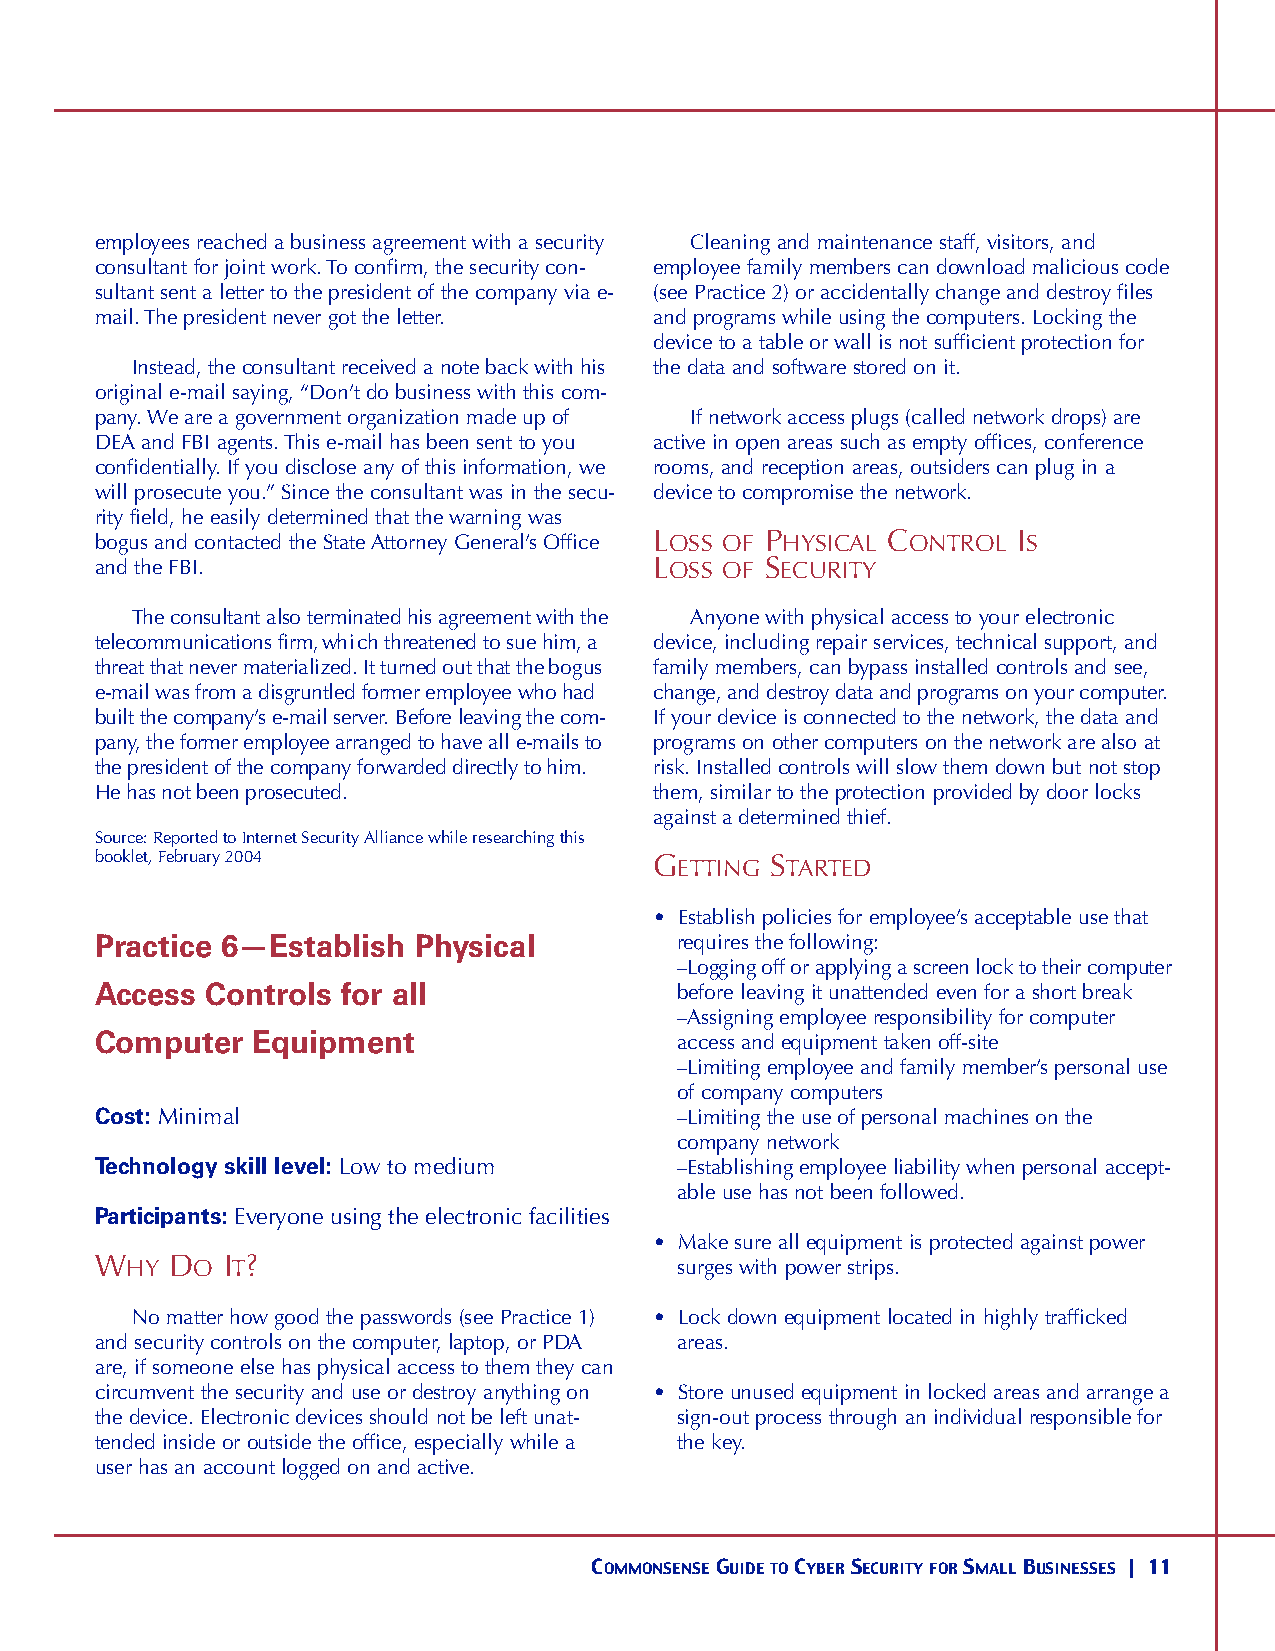
employees reached a business agreement with a security Cleaning and maintenance staff, visitors, and
 consultant for joint work. To confirm, the security con- employee family members can download malicious code
 sultant sent a letter to the president of the company via e- (see Practice 2) or accidentally change and destroy files
 mail. The president never got the letter. and programs while using the computers. Locking the
 device to a table or wall is not sufficient protection for
 Instead, the consultant received a note back with his the data and software stored on it.
 original e-mail saying, “Don’t do business with this com-
 pany.We are a government organization made up of If network access plugs (called network drops) are
 DEA and FBI agents. This e-mail has been sent to you active in open areas such as empty offices, conference
 confidentially. If you disclose any of this information, we rooms, and reception areas, outsiders can plug in a
 will prosecute you.” Since the consultant was in the secu- device to compromise the network.
 rity field, he easily determined that the warning was
 bogus and contacted the State Attorney General’s Office LO S S O F PH Y S I CA L CO N T R O L IS
 and the FBI.                         LO S S O F SE C U R I T Y
 The consultant also terminated his agreement with the Anyone with physical access to your electronic
 telecommunications firm, wh i ch threatened to sue him, a device, including repair services, technical support, and
 threat that never materialized. It turned out that the bogus family members, can bypass installed controls and see,
 e-mail was from a disgruntled former employee who had change, and destroy data and programs on your computer.
 built the company ’s e-mail serve r. Before leaving the com- If your device is connected to the network, the data and
 p a ny, the former employee arranged to have all e-mails to programs on other computers on the network are also at
 the president of the company forwarded directly to him. risk. Installed controls will slow them down but not stop
 He has not been prosecuted.          them, similar to the protection provided by door locks
 against a determined thief.
 Source: Reported to Internet Security Alliance while researching this
 booklet, February 2004               GE T T I N G STA RT E D
 • Establish policies for employee’s acceptable use that
 Practice 6—Establish Physical          requires the following:
 –Logging off or applying a screen lock to their computer
 Access  Controls for all               before leaving it unattended even for a short break
 –Assigning employee responsibility for computer
 Computer   Equipment                   access and equipment taken off-site
 –Limiting employee and family member’s personal use
 of company computers
 Cost: Minimal                          –Limiting the use of personal machines on the
 company network
 Technology skill level: Low to medium  –Establishing employee liability when personal accept-
 able use has not been followed.
 Pa rt i c i p a n t s : E ve r yone using the electronic facilities
 • Make sure all equipment is protected against power
 WH  Y DO IT?                           surges with power strips.
 No matter how good the passwords (see Practice 1) • Lock down equipment located in highly trafficked
 and security controls on the computer, laptop, or PDA areas.
 are, if someone else has physical access to them they can
 circumvent the security and use or destroy anything on • Store unused equipment in locked areas and arrange a
 the device. Electronic devices should not be left unat- sign-out process through an individual responsible for
 tended inside or outside the office, especially while a the key.
 user has an account logged on and active.
 COMMONSENSEGUIDETOCYBERSECURITYFORSMALLBUSINESSES | 11